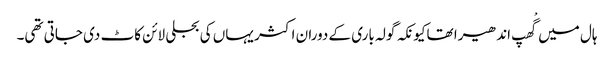
ہال میں گْھپ اندھیرا تھاکیونکہ گولہ باری کے دوران اکثر یہاں کی بجلی لائن کاٹ دی جاتی تھی۔